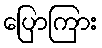
ပြောကြား